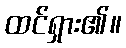
ထင်ရှား၏။